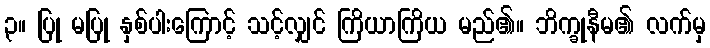
၃။ ပြု မပြု နှစ်ပါးကြောင့် သင့်လျှင် ကြိယာကြိယ မည်၏။ ဘိက္ခုနီမ၏ လက်မှ